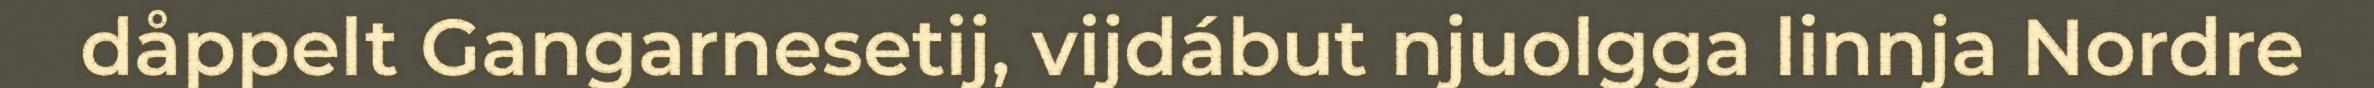
dåppelt Gangarnesetij, vijdábut njuolgga linnja Nordre